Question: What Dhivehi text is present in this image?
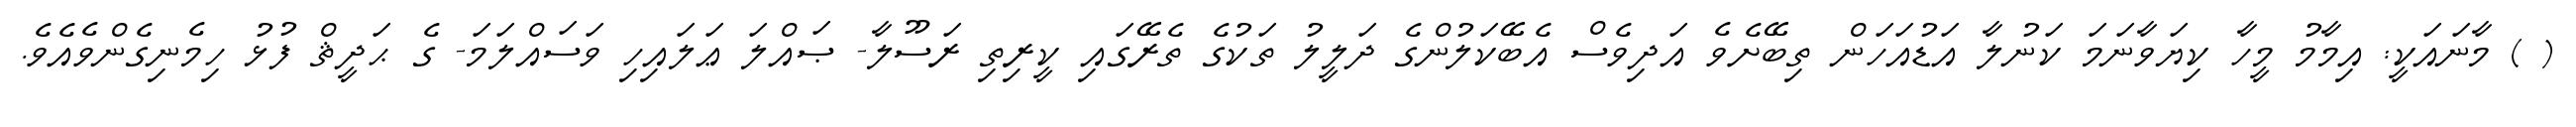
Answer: ( ) މާނައަކީ: އިމާމު މީހާ ކިޔަވާނަމަ ކަނުލާ އަޑުއަހަން ތިބޭށެވެ އަދިވެސް އެބޭކަލުންގެ ދަލީލު ތަކުގެ ތެރޭގައި ކީރިތި ރަސޫލާ- ޞައްލަ ޢަލައިހި ވަސައްލަމަ- ގެ ޙަދީޘް ފުޅު ހިމެނިގެންވެއެވެ.